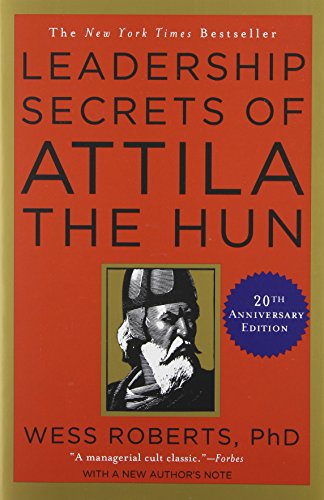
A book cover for Leadership Secrets of Attila the Hun; Wess Roberts; Politics & Social Sciences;